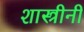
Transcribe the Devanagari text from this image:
शास्त्रीनी